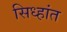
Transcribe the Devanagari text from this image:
सिध्हांत